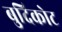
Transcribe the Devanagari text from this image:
बुदिकोट